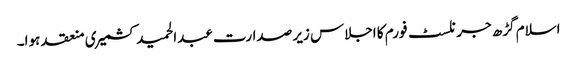
اسلام گڑھ جرنلسٹ فورم کا اجلاس زیر صدارت عبدالحمید کشمیری منعقد ہوا۔